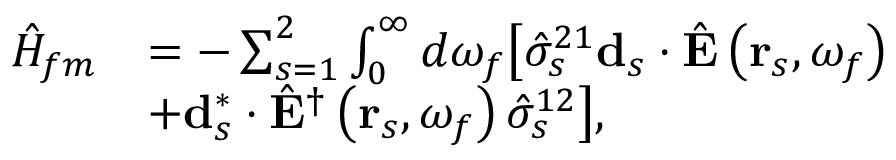
\begin{array} { r l } { \hat { H } _ { f m } } & { = - \sum _ { s = 1 } ^ { 2 } \int _ { 0 } ^ { \infty } d \omega _ { f } \bigl [ \hat { \sigma } _ { s } ^ { 2 1 } \mathbf { d } _ { s } \cdot \hat { \mathbf { E } } \left( \mathbf { r } _ { s } , \omega _ { f } \right) } \\ & { + \mathbf { d } _ { s } ^ { * } \cdot \hat { \mathbf { E } } ^ { \dagger } \left( \mathbf { r } _ { s } , \omega _ { f } \right) \hat { \sigma } _ { s } ^ { 1 2 } \bigr ] , } \end{array}